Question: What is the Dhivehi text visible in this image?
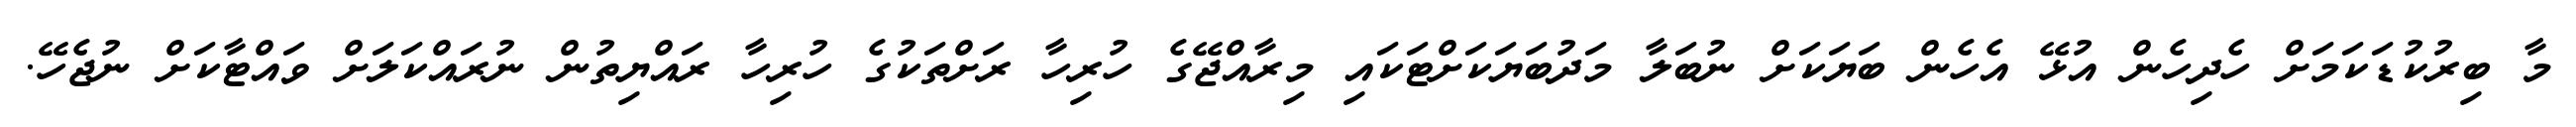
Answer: މާ ބިރުކުޑަކަމަށް ހެދިހެން އުޅޭ އެހެން ބަޔަކަށް ނުބަލާ މަދުބަޔަކަށްޓަކައި މިރާއްޖޭގެ ހުރިހާ ރަށްތަކުގެ ހުރިހާ ރައްޔިތުން ނުރައްކަލަށް ވައްޓާކަށް ނުޖެހޭ.